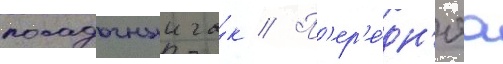
посадочныи га́к // П'ер'е́дн'яа